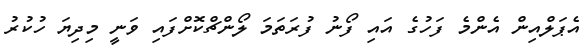
އެޕަލްއިން އެންމެ ފަހުގެ އައި ފޯނު ފުރަތަމަ ލޯންޗްކޮށްފައި ވަނީ މިދިޔަ ހުކުރު